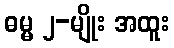
ဓမ္မ ၂-မျိုး အထူး